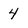
Character: 4